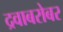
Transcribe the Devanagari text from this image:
द्रवाबरोबर